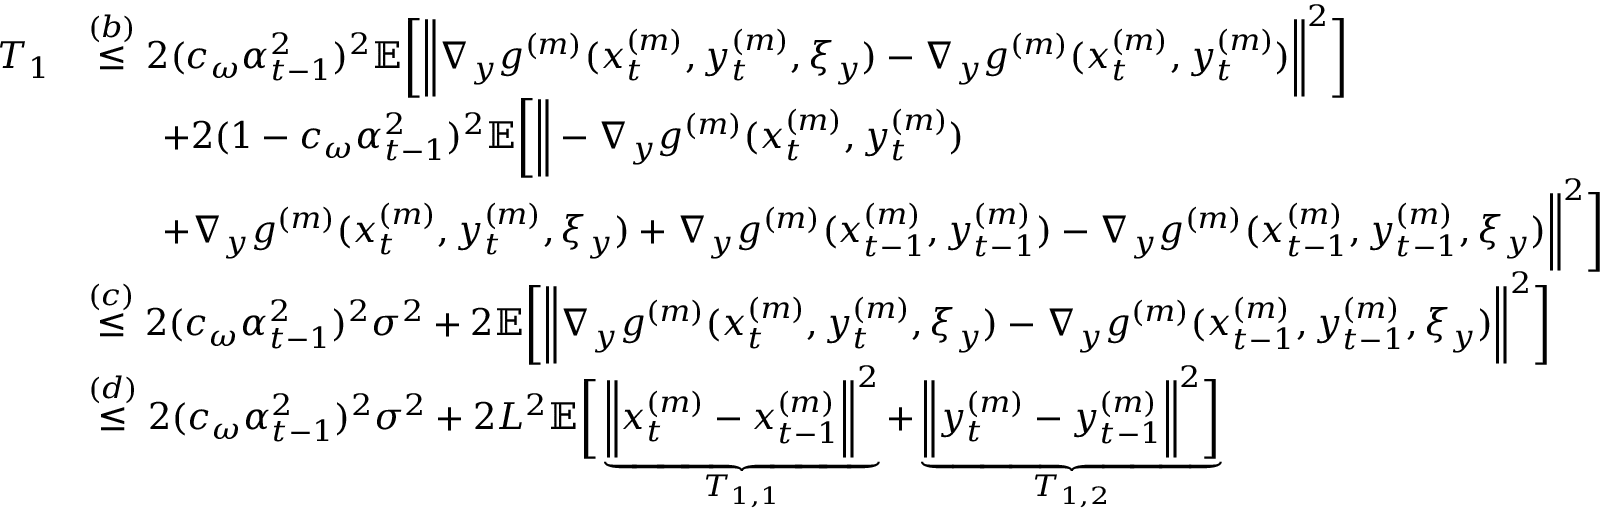
\begin{array} { r l } { T _ { 1 } } & { \overset { ( b ) } { \leq } 2 ( c _ { \omega } \alpha _ { t - 1 } ^ { 2 } ) ^ { 2 } \mathbb { E } \bigg [ \bigg \| \nabla _ { y } g ^ { ( m ) } ( x _ { t } ^ { ( m ) } , y _ { t } ^ { ( m ) } , \xi _ { y } ) - \nabla _ { y } g ^ { ( m ) } ( x _ { t } ^ { ( m ) } , y _ { t } ^ { ( m ) } ) \bigg \| ^ { 2 } \bigg ] } \\ & { \qquad + 2 ( 1 - c _ { \omega } \alpha _ { t - 1 } ^ { 2 } ) ^ { 2 } \mathbb { E } \bigg [ \bigg \| - \nabla _ { y } g ^ { ( m ) } ( x _ { t } ^ { ( m ) } , y _ { t } ^ { ( m ) } ) } \\ & { \qquad + \nabla _ { y } g ^ { ( m ) } ( x _ { t } ^ { ( m ) } , y _ { t } ^ { ( m ) } , \xi _ { y } ) + \nabla _ { y } g ^ { ( m ) } ( x _ { t - 1 } ^ { ( m ) } , y _ { t - 1 } ^ { ( m ) } ) - \nabla _ { y } g ^ { ( m ) } ( x _ { t - 1 } ^ { ( m ) } , y _ { t - 1 } ^ { ( m ) } , \xi _ { y } ) \bigg \| ^ { 2 } \bigg ] } \\ & { \overset { ( c ) } { \leq } 2 ( c _ { \omega } \alpha _ { t - 1 } ^ { 2 } ) ^ { 2 } \sigma ^ { 2 } + 2 \mathbb { E } \bigg [ \bigg \| \nabla _ { y } g ^ { ( m ) } ( x _ { t } ^ { ( m ) } , y _ { t } ^ { ( m ) } , \xi _ { y } ) - \nabla _ { y } g ^ { ( m ) } ( x _ { t - 1 } ^ { ( m ) } , y _ { t - 1 } ^ { ( m ) } , \xi _ { y } ) \bigg \| ^ { 2 } \bigg ] } \\ & { \overset { ( d ) } { \leq } 2 ( c _ { \omega } \alpha _ { t - 1 } ^ { 2 } ) ^ { 2 } \sigma ^ { 2 } + 2 L ^ { 2 } \mathbb { E } \bigg [ \underbrace { \bigg \| x _ { t } ^ { ( m ) } - x _ { t - 1 } ^ { ( m ) } \bigg \| ^ { 2 } } _ { T _ { 1 , 1 } } + \underbrace { \bigg \| y _ { t } ^ { ( m ) } - y _ { t - 1 } ^ { ( m ) } \bigg \| ^ { 2 } \bigg ] } _ { T _ { 1 , 2 } } } \end{array}